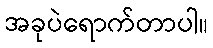
အခုပဲရောက်တာပါ။